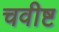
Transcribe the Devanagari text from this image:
चवीष्ट